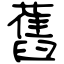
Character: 舊